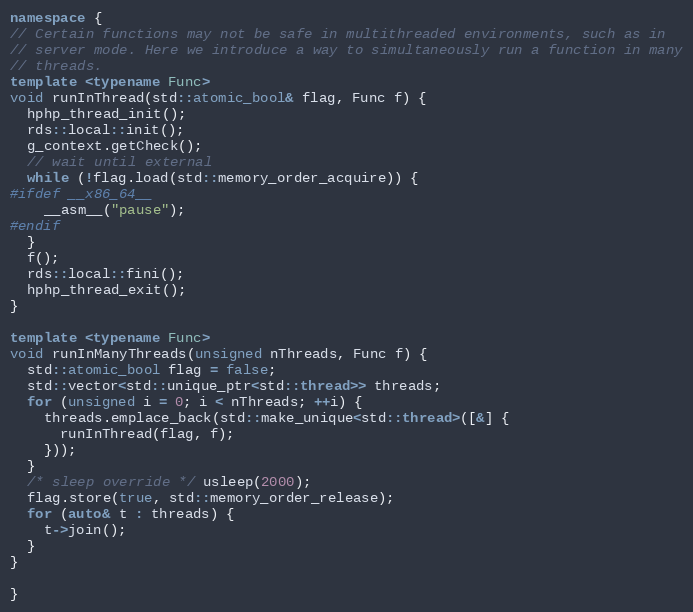
Language: C++
namespace {
// Certain functions may not be safe in multithreaded environments, such as in
// server mode. Here we introduce a way to simultaneously run a function in many
// threads.
template <typename Func>
void runInThread(std::atomic_bool& flag, Func f) {
  hphp_thread_init();
  rds::local::init();
  g_context.getCheck();
  // wait until external
  while (!flag.load(std::memory_order_acquire)) {
#ifdef __x86_64__
    __asm__("pause");
#endif
  }
  f();
  rds::local::fini();
  hphp_thread_exit();
}

template <typename Func>
void runInManyThreads(unsigned nThreads, Func f) {
  std::atomic_bool flag = false;
  std::vector<std::unique_ptr<std::thread>> threads;
  for (unsigned i = 0; i < nThreads; ++i) {
    threads.emplace_back(std::make_unique<std::thread>([&] {
      runInThread(flag, f);
    }));
  }
  /* sleep override */ usleep(2000);
  flag.store(true, std::memory_order_release);
  for (auto& t : threads) {
    t->join();
  }
}

}